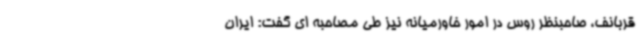
قربانف، صاحبنظر روس در امور خاورمیانه نیز طی مصاحبه ای گفت: ایران